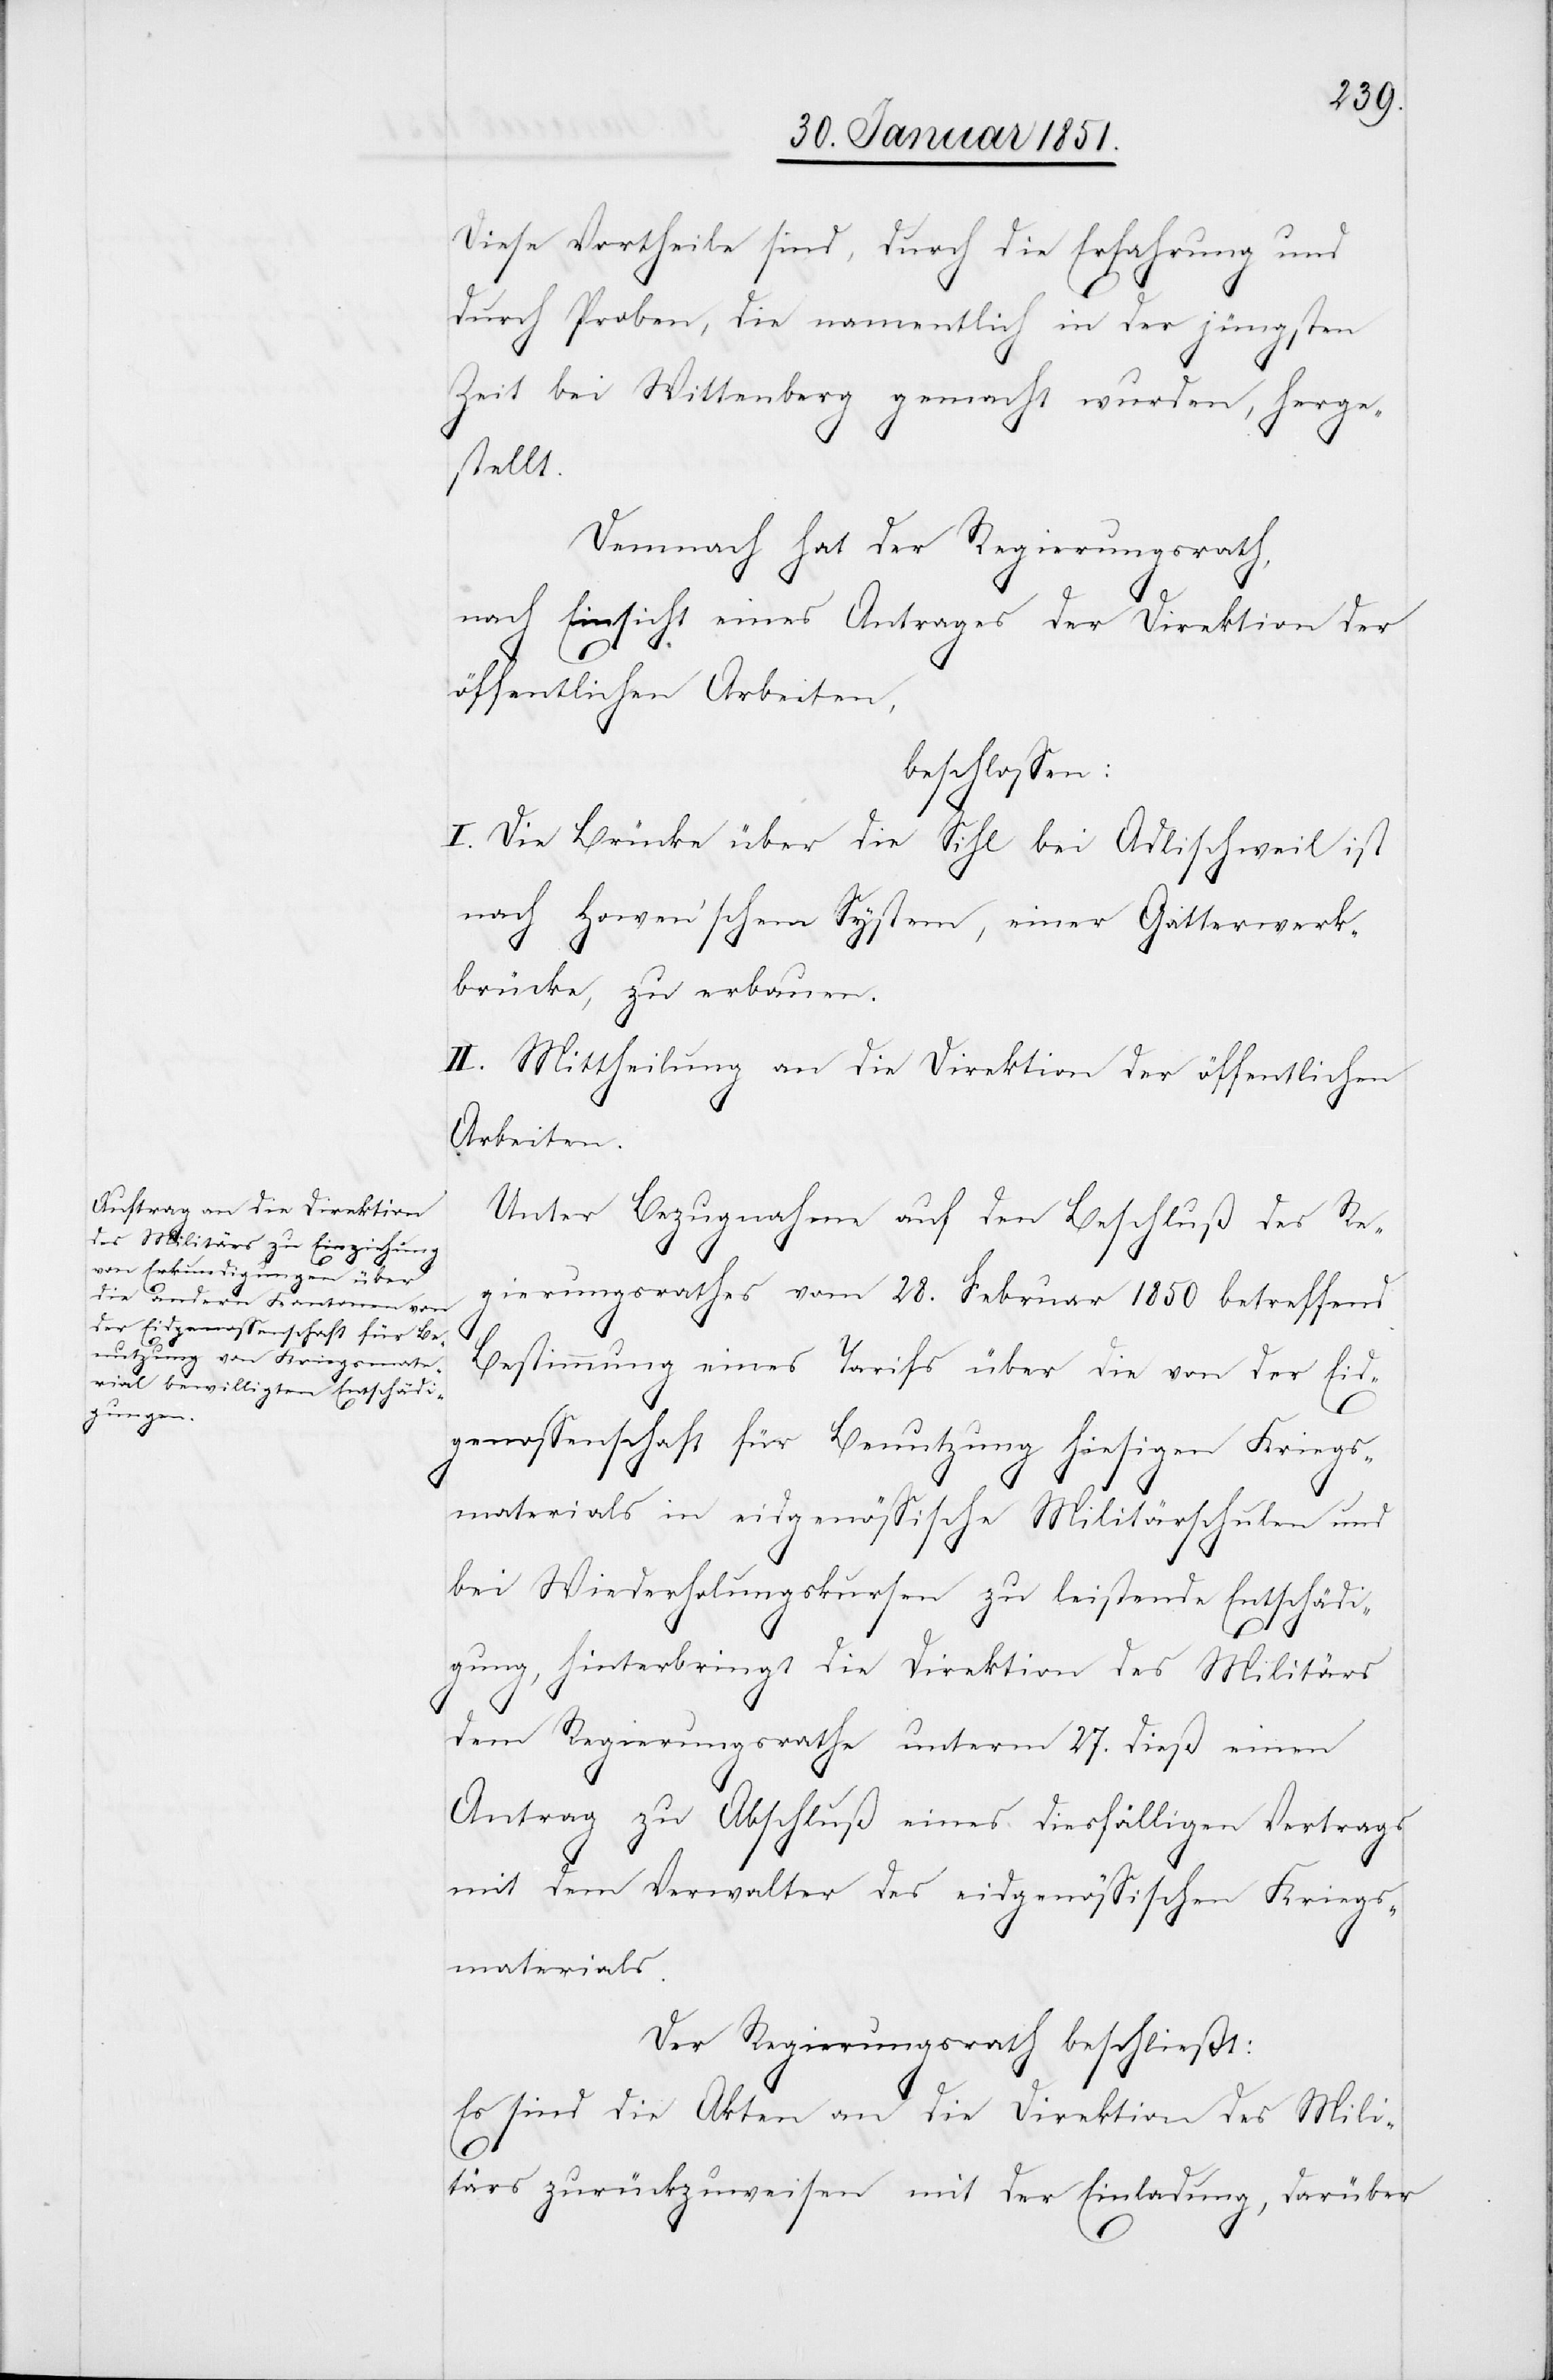
Diese Vortheile sind, durch die Erfahrung und
durch Proben, die namentlich in der jüngsten
Zeit bei Wittenberg gemacht wurden, herge¬
stellt.
Demnach hat der Regierungsrath,
nach Einsicht eines Antrages der Direktion der
öffentlichen Arbeiten,
beschlossen:
I. Die Brücke über die Sihl bei Adlischweil ist
nach Howen’schem System, einer Gitterwerk¬
brücke, zu erbauen.
II. Mittheilung an die Direktion der öffentlichen
Arbeiten.
Unter Bezugnahme auf den Beschluß des Re¬
gierungsrathes vom 28. Februar 1850 betreffend
Bestimmung eines Tarifs über die von der Eid¬
genossenschaft für Benutzung hiesigen Kriegs¬
materials in eidgenössische Militärschulen und
bei Wiederholungskursen zu leistende Entschädi¬
gung, hinterbringt die Direktion des Militärs
dem Regierungsrathe unterm 27. dieß einen
Antrag zu Abschluß eines diesfälligen Vertrags
mit dem Verwalter des eidgenössischen Kriegs¬
materials.
Der Regierungsrath beschließt:
Es sind die Akten an die Direktion des Mili¬
tärs zurückzuweisen mit der Einladung, darüber